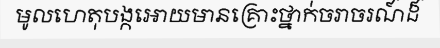
មូលហេតុបង្កអោយមានគ្រោះថ្នាក់ចរាចរណ៍ដ៏